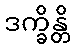
ဒက္ခိန္တိ